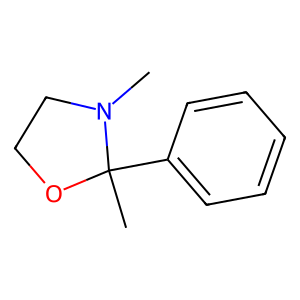
SMILES: CN1CCOC1(C)c1ccccc1
Inhibits HIV replication: No